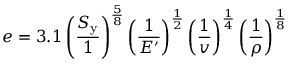
e = 3 . 1 \left( { \frac { S _ { \mathrm { y } } } { 1 } } \right) ^ { \frac { 5 } { 8 } } \left( { \frac { 1 } { E ^ { \prime } } } \right) ^ { \frac { 1 } { 2 } } \left( { \frac { 1 } { v } } \right) ^ { \frac { 1 } { 4 } } \left( { \frac { 1 } { \rho } } \right) ^ { \frac { 1 } { 8 } }